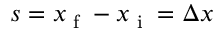
{ s } = { x _ { \textrm { f } } - x _ { \textrm { i } } } = \Delta { x }